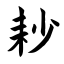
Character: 耖